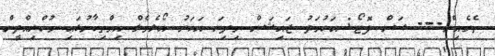
ތެރެއިން--- ސަން ފޮޓޯ: އަހުމަދު ޖައިޝަން މިދިޔަ އަހަރު އޯލެވެލް އިމްތިހާނުގައި މުހްޔިއްދީން